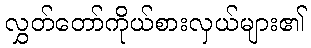
လွှတ်တော်ကိုယ်စားလှယ်များ၏